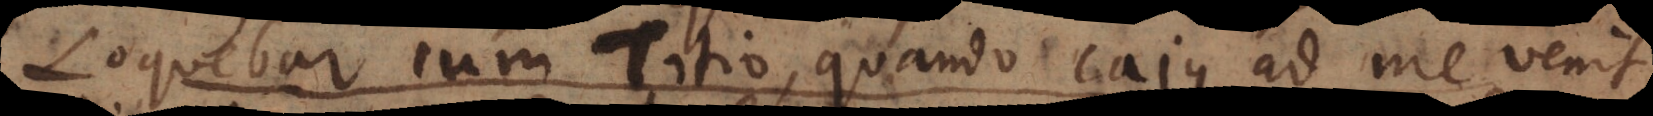
Loquebar cum Titio, quando Cajus ad me venit.